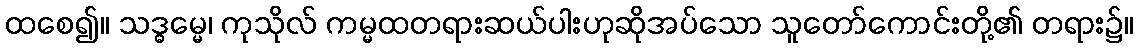
ထစေ၍။ သဒ္ဓမ္မေ၊ ကုသိုလ် ကမ္မထတရားဆယ်ပါးဟုဆိုအပ်သော သူတော်ကောင်းတို့၏ တရား၌။